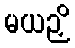
မယဉှိ